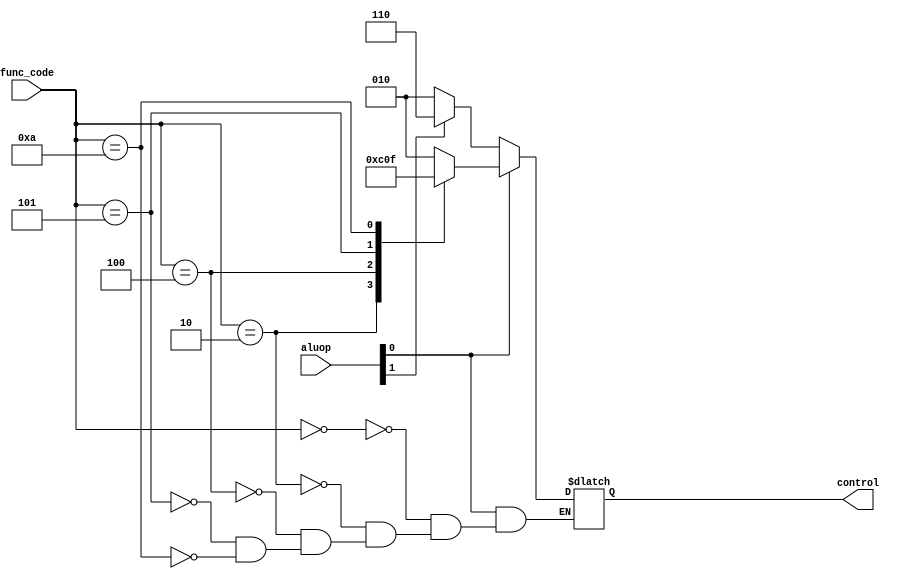
module aluc(
	input wire [1:0] aluop,
	input wire [3:0] func_code,
	output reg [2:0] control
);
	
always @* begin

	if (aluop[0] == 0) begin
		if (aluop[1] == 0) control <= 3'b010;
		else control <= 3'b110;
	end else begin
		case (func_code)
			4'b0000 : control <= 3'b010;
			4'b0010 : control <= 3'b110;
			4'b0100 : control <= 3'b000;
			4'b0101 : control <= 3'b001;
			4'b1010 : control <= 3'b111;
		endcase
	end

end

endmodule